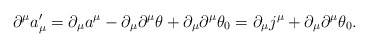
\begin{align*}\partial^\mu a'_\mu=\partial_\mu a^\mu-\partial_\mu\partial^\mu\theta+\partial_\mu\partial^\mu\theta_0=\partial_\mu j^\mu+\partial_\mu\partial^\mu\theta_0.\end{align*}